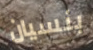
بنسيان